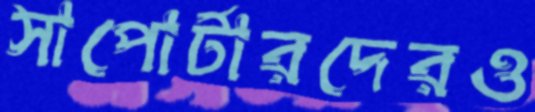
সাপোর্টারদেরও